Civil Veterinary Dept. Bombay admin report 1914-1922 - 1914-1922
Year: 1914
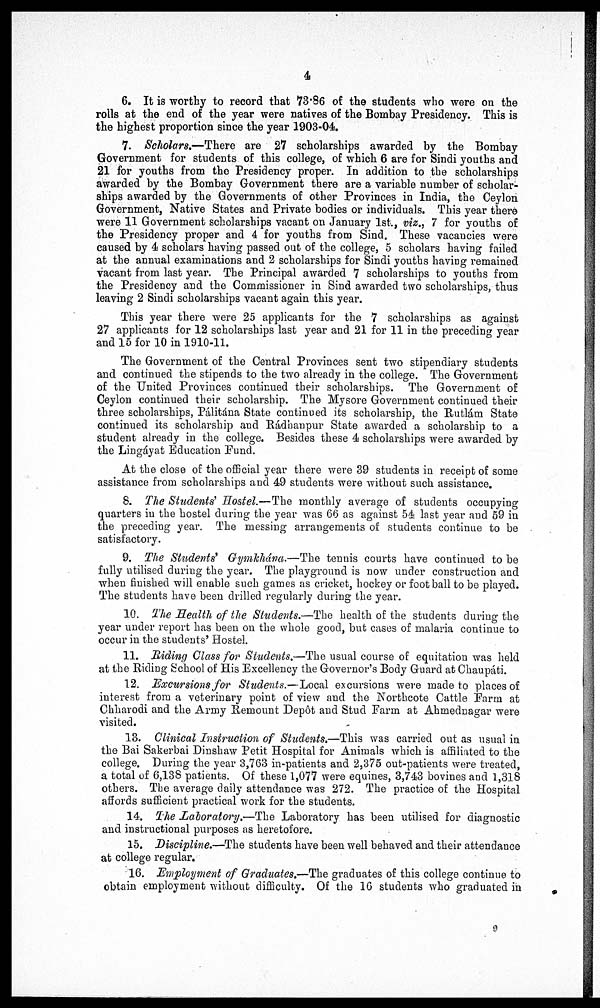
4
6. It is worthy to record that 73.86 of the students who were on the
rolls at the end of the year were natives of the Bombay Presidency. This is
the highest proportion since the year 1903-04.
7. Scholars.—There are 27 scholarships awarded by the Bombay
Government for students of this college, of which 6 are for Sindi youths and
21 for youths from the Presidency proper. In addition to the scholarships
awarded by the Bombay Government there are a variable number of scholar-
ships awarded by the Governments of other Provinces in India, the Ceylon
Government, Native States and Private bodies or individuals. This year there
were 11 Government scholarships vacant on January 1st., viz., 7 for youths of
the Presidency proper and 4 for youths from Sind. These vacancies were
caused by 4 scholars having passed out of the college, 5 scholars having failed
at the annual examinations and 2 scholarships for Sindi youths having remained
vacant from last year. The Principal awarded 7 scholarships to youths from
the Presidency and the Commissioner in Sind awarded two scholarships, thus
leaving 2 Sindi scholarships vacant again this year.
This year there were 25 applicants for the 7 scholarships as against
27 applicants for 12 scholarships last year and 21 for 11 in the preceding year
and 15 for 10 in 1910-11.
The Government of the Central Provinces sent two stipendiary students
and continued the stipends to the two already in the college. The Government
of the United Provinces continued their scholarships. The Government of
Ceylon continued their scholarship. The Mysore Government continued their
three scholarships, Pálitána State continued its scholarship, the Rutlám State
continued its scholarship and Rádhanpur State awarded a scholarship to a
student already in the college. Besides these 4 scholarships were awarded by
the Lingáyat Education Fund.
At the close of the official year there were 39 students in receipt of some
assistance from scholarships and 49 students were without such assistance.
8. The Students' Hostel.—The monthly average of students occupying
quarters in the hostel during the year was 66 as against 54 last year and 59 in
the preceding year. The messing arrangements of students continue to be
satisfactory.
9. The Students' Gymkhána.—The tennis courts have continued to be
fully utilised during the year. The playground is now under construction and
when finished will enable such games as cricket, hockey or foot ball to be played.
The students have been drilled regularly during the year.
10. The Health of the Students.—The health of the students during the
year under report has been on the whole good, but cases of malaria continue to
occur in the students' Hostel.
11. Riding Class for Students.—The usual course of equitation was held
at the Riding School of His Excellency the Governor's Body Guard at Chaupáti.
12. Excursions for Students.—Local excursions were made to places of
interest from a veterinary point of view and the Northcote Cattle Farm at
Chharodi and the Army Remount Depôt and Stud Farm at Ahmednagar were
visited.
13. Clinical Instruction of Students.—This was carried out as usual in
the Bai Sakerbai Dinshaw Petit Hospital for Animals which is affiliated to the
college. During the year 3,763 in-patients and 2,375 out-patients were treated,
a total of 6,13S patients. Of these 1,077 were equines, 3,743 bovines and 1,318
others. The average daily attendance was 272. The practice of the Hospital
affords sufficient practical work for the students.
14. The Laboratory.—The Laboratory has been utilised for diagnostic
and instructional purposes as heretofore.
15. Discipline.—The students have been well behaved and their attendance
at college regular.
16. Employment of Graduates.—The graduates of this college continue to
obtain employment without difficulty. Of the 16 students who graduated in
9